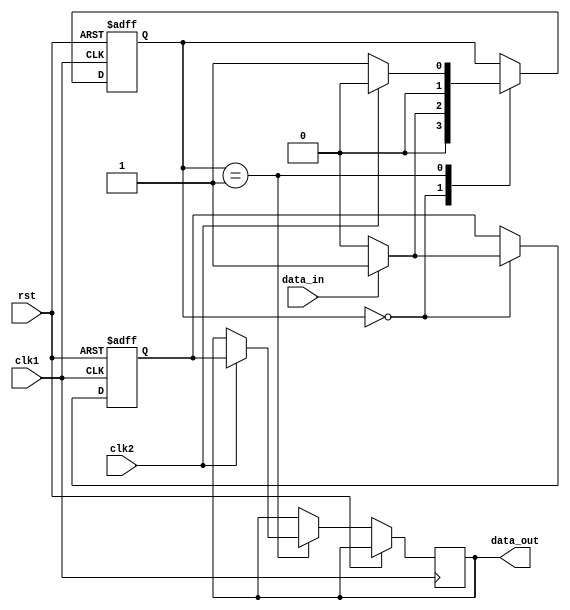
module Asynchronous_FIFO_synchronizer (
    input wire clk1,
    input wire clk2,
    input wire rst,
    input wire data_in,
    output reg data_out
);

reg [1:0] state;
reg sync_data;

always @ (posedge clk1 or posedge rst) begin
    if (rst) begin
        state <= 2'b00;
        sync_data <= 1'b0;
    end else begin
        case (state)
            2'b00: begin // Idle state
                if (data_in) begin
                    state <= 2'b01; // Transition to sync state
                    sync_data <= 1'b1;
                end else begin
                    state <= 2'b00; // Stay in idle state
                    sync_data <= 1'b0;
                end
            end
            2'b01: begin // Sync state
                if (clk2) begin
                    data_out <= sync_data;
                    state <= 2'b00; // Transition back to idle state
                end else begin
                    state <= 2'b01; // Stay in sync state
                end
            end
        endcase
    end
end

endmodule